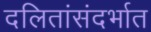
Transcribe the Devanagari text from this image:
दलितांसंदर्भात